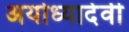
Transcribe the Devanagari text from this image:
अयोध्यादेवी